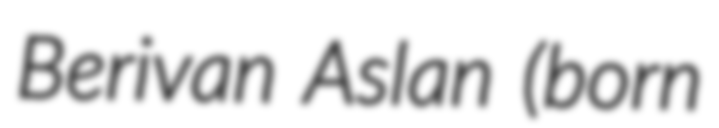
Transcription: Berivan Aslan (born